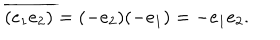
\overline { { { ( e _ { 1 } e _ { 2 } ) } } } = ( - e _ { 2 } ) ( - e _ { 1 } ) = - e _ { 1 } e _ { 2 } .